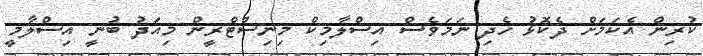
ކުރިން އެކަމަށް ދެކޮޅު ހެދި ނަމަވެސް އިސްލާމިކް މިނިސްޓްރީން މިއަދު ބުނީ އިސްލާމީ